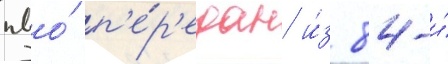
пво́ п'е́р'едан и́з 84-и́